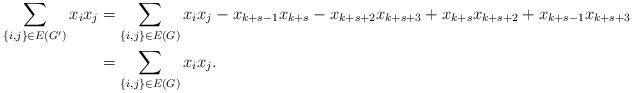
LaTeX: \begin{align*}\sum\limits_{\left\{ i,j\right\} \in E\left( G^{\prime}\right) }x_{i}x_{j}& =\sum\limits_{\left\{ i,j\right\} \in E\left( G\right) }x_{i}x_{j}-x_{k+s-1}x_{k+s}-x_{k+s+2}x_{k+s+3}+x_{k+s}x_{k+s+2}+x_{k+s-1}x_{k+s+3}\\& =\sum\limits_{\left\{ i,j\right\} \in E\left( G\right) }x_{i}x_{j}.\end{align*}